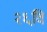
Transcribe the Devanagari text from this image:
२६वि